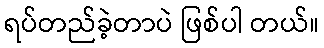
ရပ်တည်ခဲ့တာပဲ ဖြစ်ပါ တယ်။